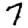
Digit: 7